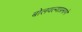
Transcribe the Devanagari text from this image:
बोलवल्याप्रमाणे